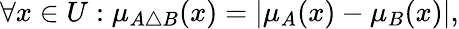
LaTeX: \forall x\in{U}:\mu_{A\triangle{B}}(x)=|\mu_{A}(x)-\mu_{B}(x)|,